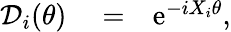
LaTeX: \begin{array}{rlr}{{\mathcal D}_{i}(\theta)}&{{}=}&{\mathrm{e}^{-i{X}_{i}\theta},}\end{array}